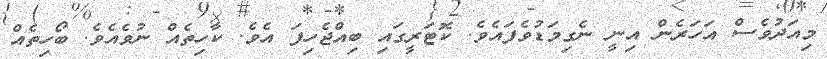
މިއަދުވެސް އަހަރެން އިނީ ނެގިމަޑުވެފައެވެ. ކޮޓަރީގައި ބިއްޖެހިފަ އެވެ. ކާހިތެއް ނުވެއެވެ. ބޯހިތެއް